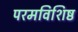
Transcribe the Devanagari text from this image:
परमविशिष्ठ